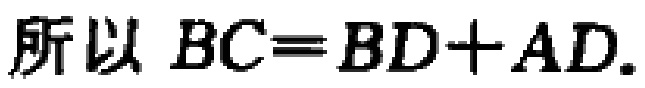
所以 \(BC = BD + AD\).